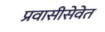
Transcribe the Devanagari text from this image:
प्रवासीसेवेत